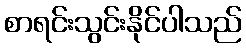
စာရင်းသွင်းနိုင်ပါသည်